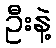
ဦးနဲ့